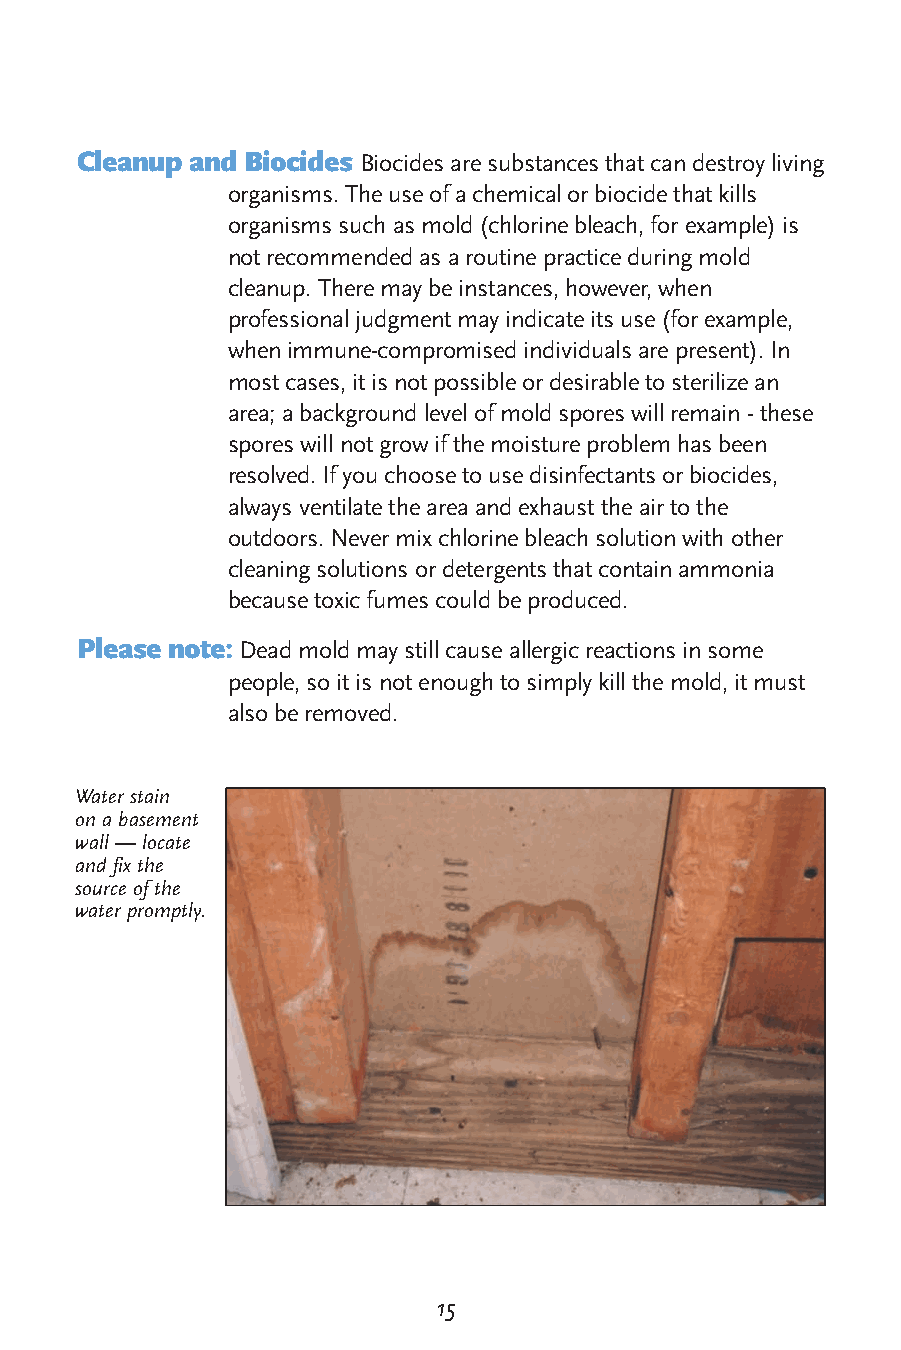
Cleanup and Biocides Biocides are substances that can destroy living
 organisms. The use of a chemical or biocide that kills
 organisms such as mold (chlorine bleach, for example) is
 not recommended as a routine practice during mold
 cleanup. There may be instances, however, when
 professional judgment may indicate its use (for example,
 when immune-compromised individuals are present). In
 most cases, it is not possible or desirable to sterilize an
 area; a background level of mold spores will remain - these
 spores will not grow if the moisture problem has been
 resolved. If you choose to use disinfectants or biocides,
 always ventilate the area and exhaust the air to the
 outdoors. Never mix chlorine bleach solution with other
 cleaning solutions or detergents that contain ammonia
 because toxic fumes could be produced.
 Please note: Dead mold may still cause allergic reactions in some
 people, so it is not enough to simply kill the mold, it must
 also be removed.
 Water stain
 on a basement
 wall — locate
 and fix the
 source of the
 water promptly.
 15